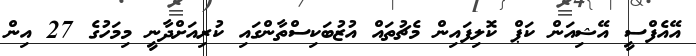
އޭއެފްސީ އޭޝިއަން ކަޕް ކޮލިފައިން މެޗުތައް އުޒުބަކިސްތާންގައި ކުރިއަށްދާނީ މިމަހުގެ 27 އިން